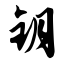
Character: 钥